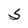
Character: S